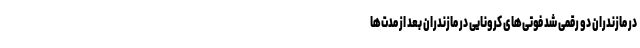
در مازندران دو رقمی شد فوتی‌های کرونایی در مازندران بعد از مدت‌ها